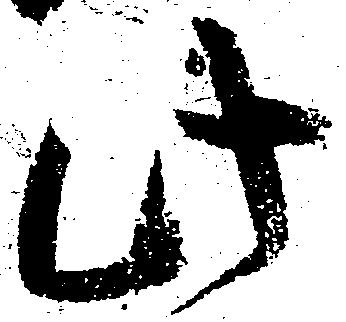
此